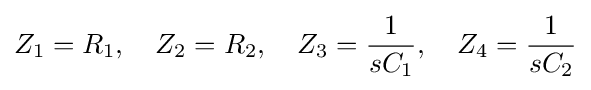
Z_{1}=R_{1},\quad Z_{2}=R_{2},\quad Z_{3}={\frac {1}{sC_{1}}},\quad Z_{4}={\frac {1}{sC_{2}}}